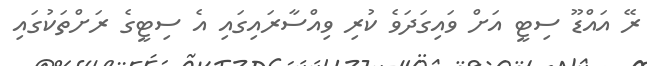
ރޭ އައްޑޫ ސިޓީ އަށް ވައިގަދަވެ ކުރި ވިއްސާރައިގައި އެ ސިޓީގެ ރަށްތަކުގައި